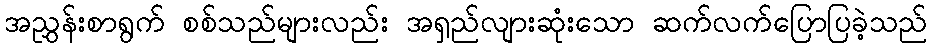
အညွှန်းစာရွက် စစ်သည်များလည်း အရှည်လျားဆုံးသော ဆက်လက်ပြောပြခဲ့သည်